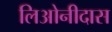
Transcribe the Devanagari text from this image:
लिओनीदास